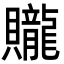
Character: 贚